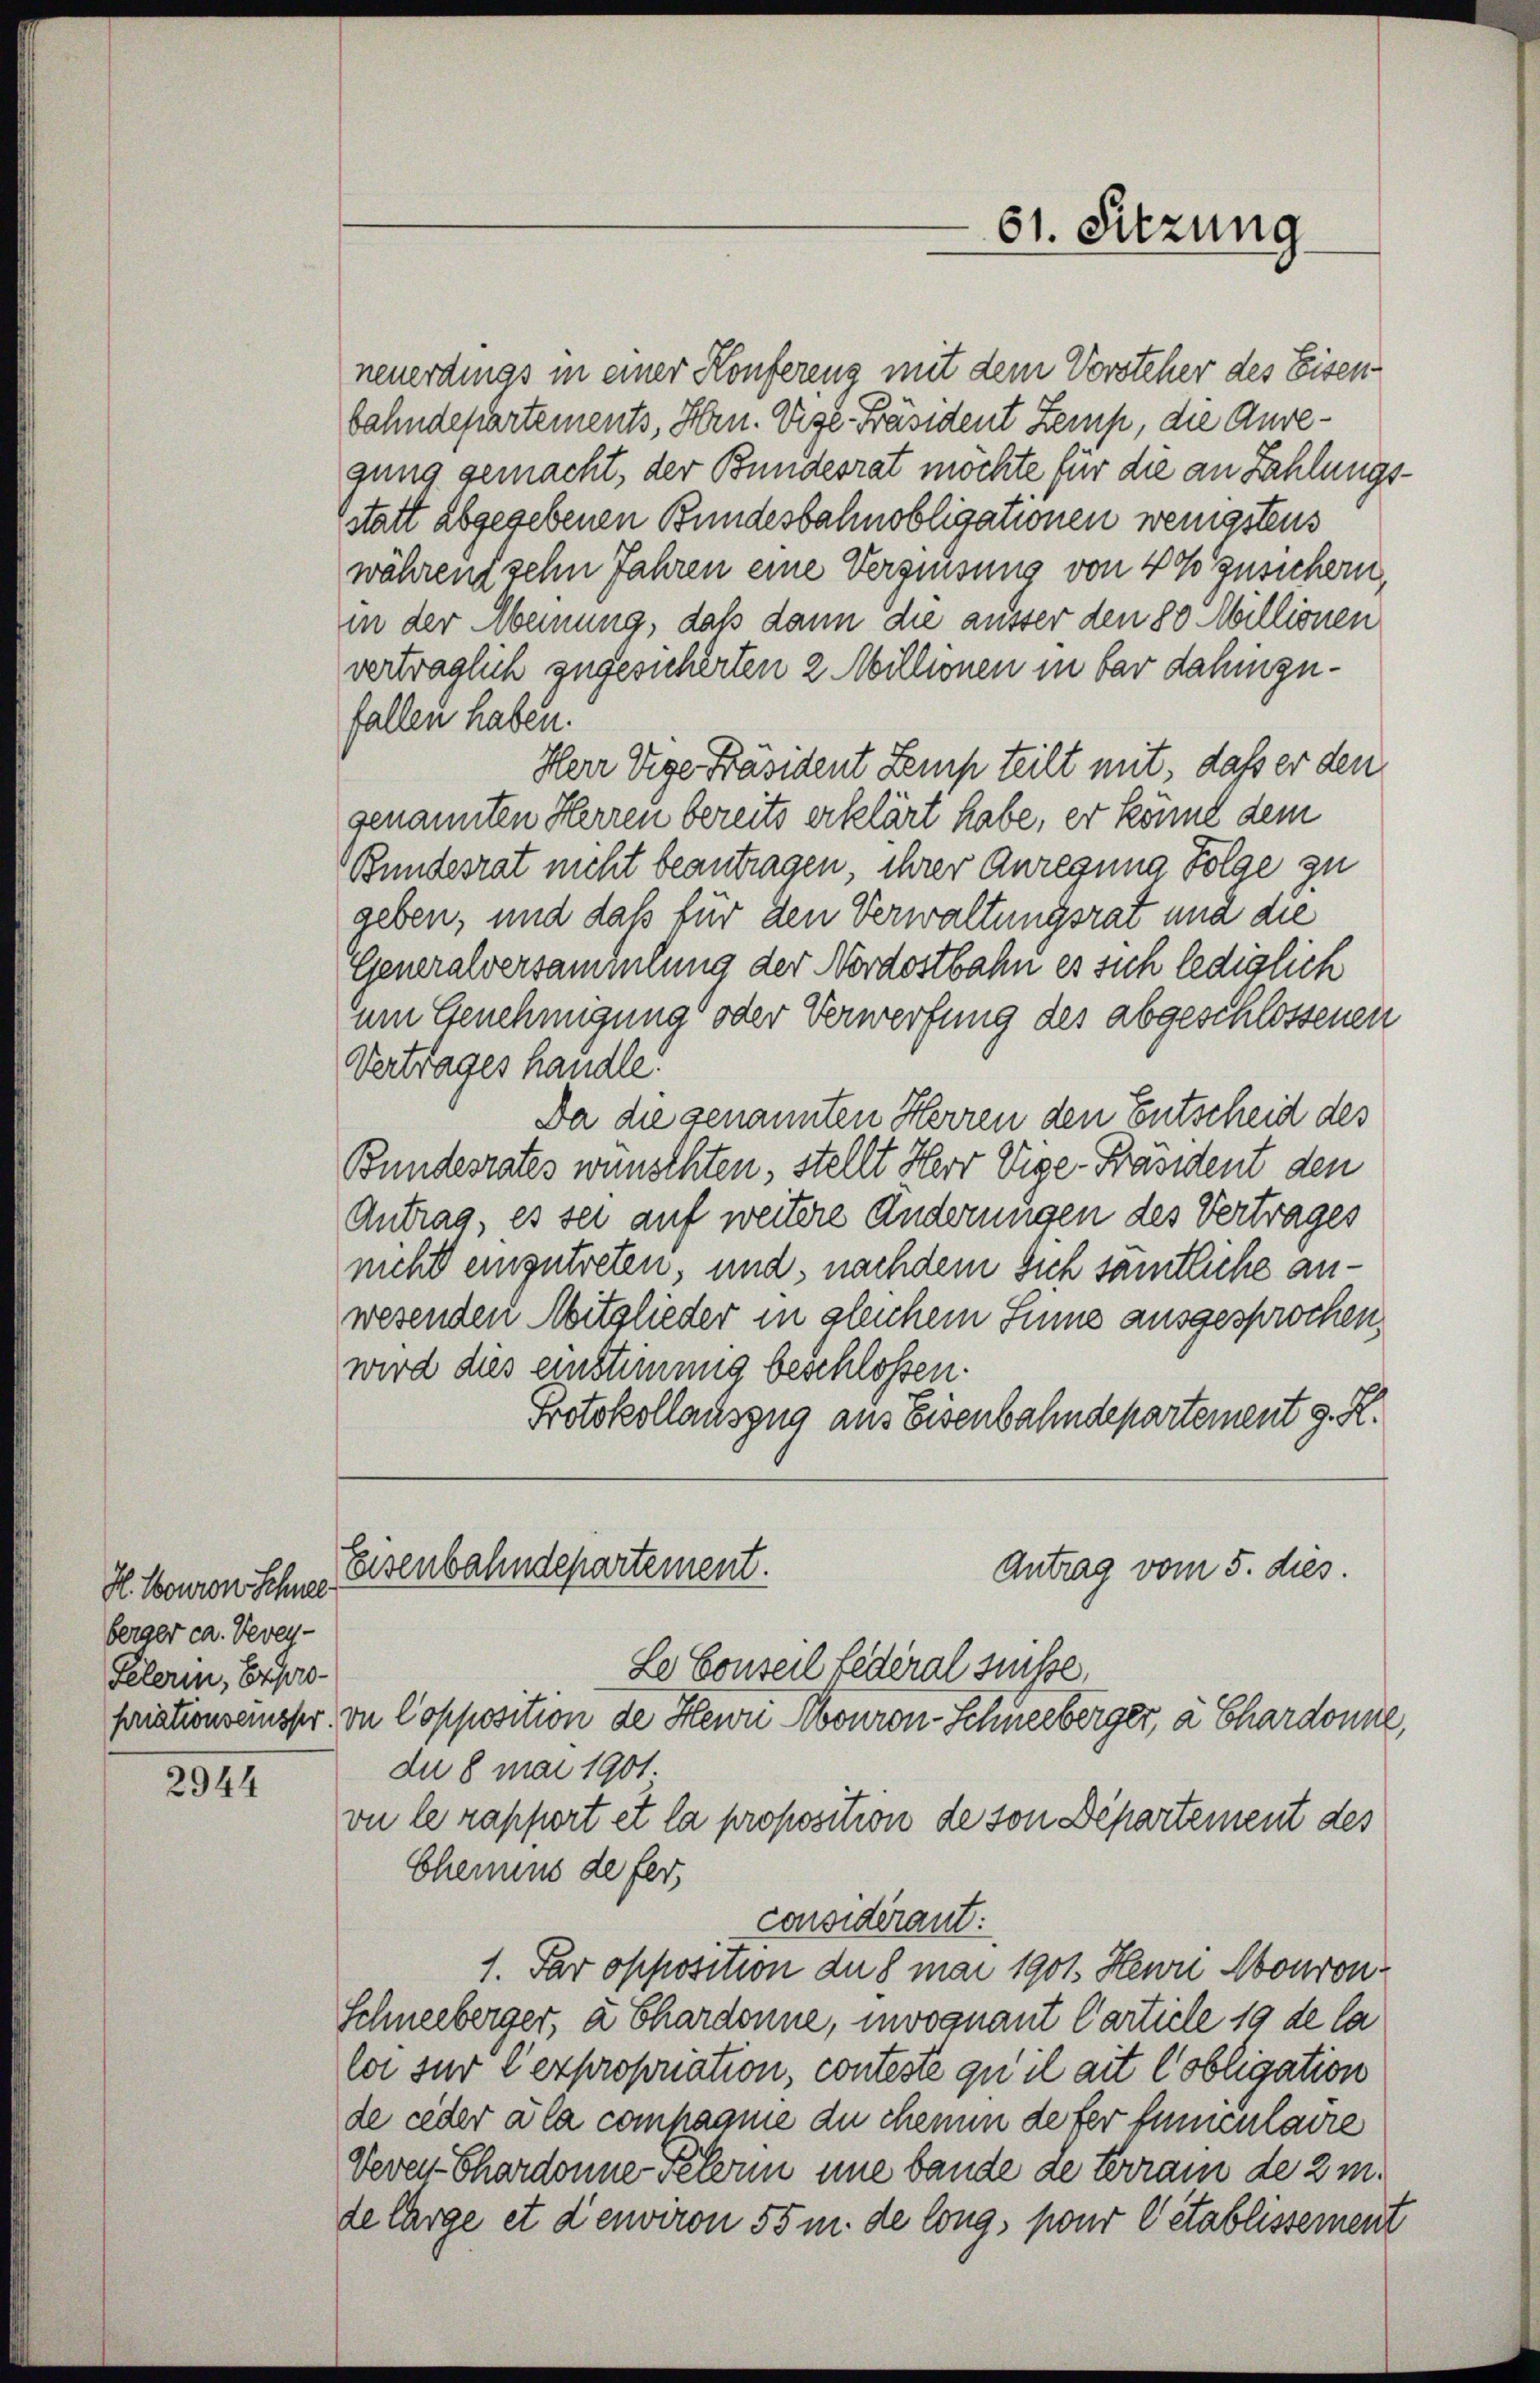
H. Touron Schnee
berger ca. Vevey-
Pelerin, Expro

2944

neuerdings in einer Konfereng mit dem Vorsteher des Eisen
bahndepartements, Hrn. Vice-Präsident Zemp, die Anregung gemacht, der Bundesrat möchte für die an Zahlungs-
statt abgegebenen Bundesbahnobligationen wenigstens
während sehn Jahren eine Vergütung von 40% Zusichern,
in der Meinung, daß dann die ausser den 80 Millionen
verträglich zugesicherten 2 Millionen in bar dahingefallen haben.
Herr Vige Präsident Lemp teilt mit, dass er den
genannten Herren bereits erklärt habe, er könnt dem
Bundesrat nicht beantragen, ihrer Anregung Folge zu
geben, und daß für den Verwaltungsrat und die
Generalversammlung der Nordostbahn es sich lediglich
um Genehmigung oder Verwerfung des abgeschlossenen
Vertrages handle.
Da die genannten Herren den Entscheid des
Bundesrates wünschten, stellt Herr Vige-Präsident den
Antrag, es sei auf weitere Änderungen des Vertrages
nicht einzutreten, und, nachdem sich sämtliche anwesenden Mitglieder in gleichem Sinne ausgesprochen,
wird dies einstimmig beschlossen.
Protokollauszug aus Eisenbahndepartement z. K.
Eisenbahndepartement.
Antrag vom 5. dies.
Le Conseil Federal suisse,
priationsesser, in Copposition de Herrn Abouron-Schneeberger, à Chardonne,
du 8 mai 1901.
vu le rapport et la proposition de son Departement des
Chemins de fer,
Considerant:
1. Par opposition du 8 mar 1901. Heuri Abonron¬
Schneeberger, à Chardonne, invoquant Carticle 19 de la
la sur l’expropriation, conteste qu’il ait Cobligation
de ceder à la compagnie du chenum defer funentaire
Verei Chardonne Peterm une bande de terrain de 2 m
de Carge et denviron 55 m. de long, pour établissement

61. Sitzung